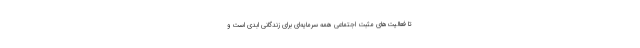
تا فعالیت‌های مثبت اجتماعی همه سرمایه‌ای برای زندگانی ابدی است و